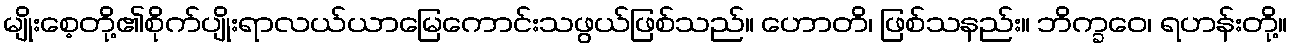
မျိုးစေ့တို့၏စိုက်ပျိုးရာလယ်ယာမြေကောင်းသဖွယ်ဖြစ်သည်။ ဟောတိ၊ ဖြစ်သနည်း။ ဘိက္ခဝေ၊ ရဟန်းတို့။